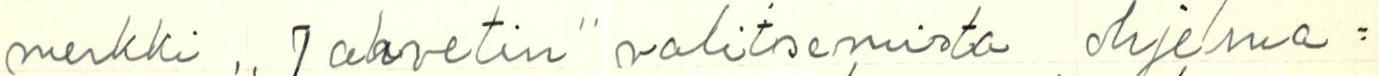
merkki ,,Jahvetin" valitsemista ohjelma=